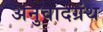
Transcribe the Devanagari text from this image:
अनुवादग्रंथ